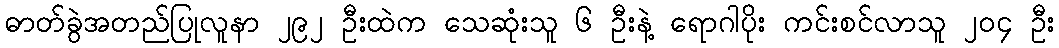
ဓာတ်ခွဲအတည်ပြုလူနာ ၂၉၂ ဦးထဲက သေဆုံးသူ ၆ ဦးနဲ့ ရောဂါပိုး ကင်းစင်လာသူ ၂၀၄ ဦး